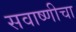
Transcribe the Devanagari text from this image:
सवाष्णीचा